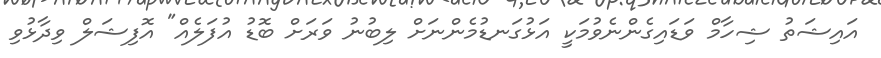
އައިޝަތު ޝިހާމް ވަޑައިގެންނެވުމަކީ އަޅުގަނޑުމެންނަށް ލިބުނު ވަރަށް ބޮޑު އުފަލެއް" އޮފިޝަލް ވިދާޅުވި